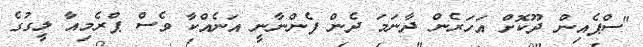
"ސްޕެއިން ދޫކޮށް އަހަރެން ދާނަމަ ދެން ފެންނާނީ އަނެއްކާ ވެސް ޕްރެމިއާ ލީގުގެ